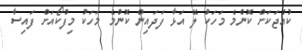
ކުއްޖަކަށް ކޮންމެ މަހަކަު ލޭ އަޅާ ފަދައިން ކޮންމެ މަހަކު މިފްކޯއަށް ފައިސާ